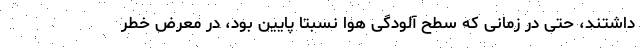
داشتند، حتی در زمانی که سطح آلودگی هوا نسبتاً پایین بود، در معرض خطر